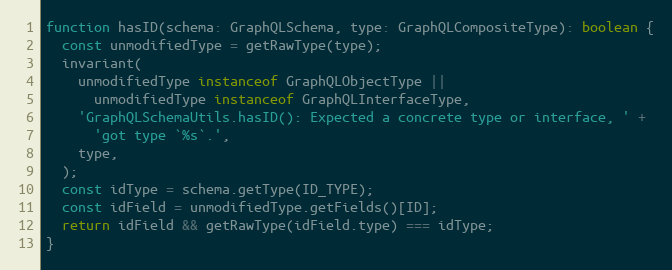
Language: JavaScript
function hasID(schema: GraphQLSchema, type: GraphQLCompositeType): boolean {
  const unmodifiedType = getRawType(type);
  invariant(
    unmodifiedType instanceof GraphQLObjectType ||
      unmodifiedType instanceof GraphQLInterfaceType,
    'GraphQLSchemaUtils.hasID(): Expected a concrete type or interface, ' +
      'got type `%s`.',
    type,
  );
  const idType = schema.getType(ID_TYPE);
  const idField = unmodifiedType.getFields()[ID];
  return idField && getRawType(idField.type) === idType;
}